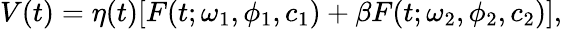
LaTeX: V(t)=\eta(t)[F(t;\omega_{1},\phi_{1},c_{1})+\beta F(t;\omega_{2},\phi_{2},c_{2})],